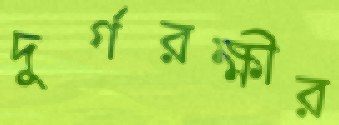
দুর্গরক্ষীর